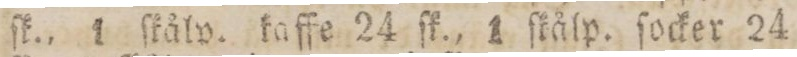
ſk., 1 ſkålp. kaffe 24 ſk., 1 ſkålp. ſocker 24